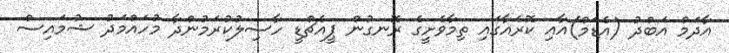
އާދަމް އަބްދު (އެޑަމް)އާއި ކޮރެއާގައި ތިމާވެށީގެ ރޮނގުން ޕީއެޗްޑީ ހާސިލުކުރަމުންދާ މުހައްމަދު ޝުމައިސް